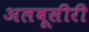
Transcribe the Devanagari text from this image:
अलबूसीरी